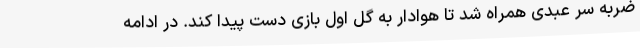
ضربه سر عبدی همراه شد تا هوادار به گل اول بازی دست پیدا کند. در ادامه